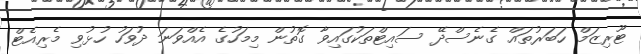
ޓޫރިޒަމް ހަބަރުތައް ގެނެސްދޭ ސައިޓްތަކުގައިވާ ގޮތުން މިމަހުގެ އެއްވަނަ ދުވަހު ހުޅުވި މެރިއެޓް